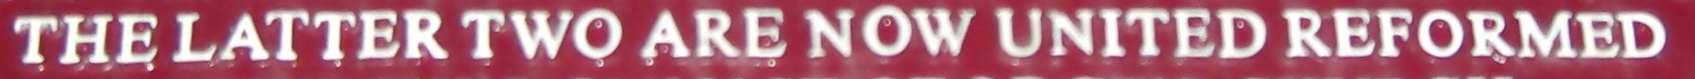
THE LATTER TWO ARE NOW UNITED REFORMED